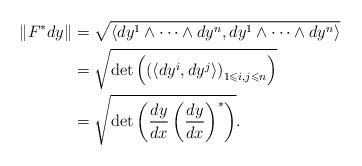
LaTeX: \begin{align*}\|F^{*}dy\| & =\sqrt{\langle dy^{1}\wedge\cdots\wedge dy^{n},dy^{1}\wedge\cdots\wedge dy^{n}\rangle}\\ & =\sqrt{\mathrm{det}\left(\left(\langle dy^{i},dy^{j}\rangle\right)_{1\leqslant i,j\leqslant n}\right)}\\ & =\sqrt{\mathrm{det}\left(\frac{dy}{dx}\left(\frac{dy}{dx}\right)^{*}\right)}.\end{align*}